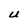
Character: U